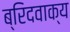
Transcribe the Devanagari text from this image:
ब्रिदवाक्य